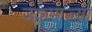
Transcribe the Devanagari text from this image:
उक्रमाज्या